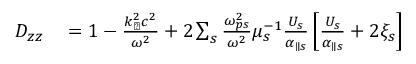
\begin{array} { r l } { D _ { z z } } & { { } = 1 - \frac { k _ { \perp } ^ { 2 } c ^ { 2 } } { \omega ^ { 2 } } + 2 \sum _ { s } \frac { \omega _ { p s } ^ { 2 } } { \omega ^ { 2 } } \mu _ { s } ^ { - 1 } \frac { U _ { s } } { \alpha _ { \parallel s } } \left[ \frac { U _ { s } } { \alpha _ { \parallel s } } + 2 \xi _ { s } \right] } \end{array}